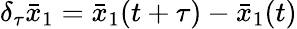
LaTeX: \delta_{\tau}\bar{x}_{1}=\bar{x}_{1}(t+\tau)-\bar{x}_{1}(t)